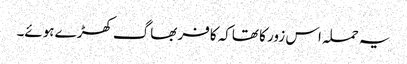
یہ حملہ اس زور کا تھاکہ کافر بھاگ کھڑے ہوئے۔